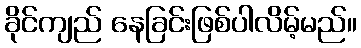
ခိုင်ကျည် နေခြင်းဖြစ်ပါလိမ့်မည်။